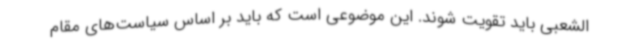
الشعبی باید تقویت شوند. این موضوعی است که باید بر اساس سیاست‌های مقام